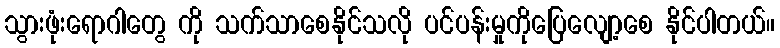
သွားဖုံးရောဂါတွေ ကို သက်သာစေနိုင်သလို ပင်ပန်းမှုကိုပြေလျော့စေ နိုင်ပါတယ်။